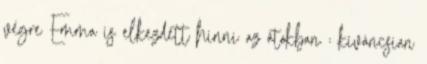
végre Emma is elkezdett hinni az átokban : kíváncsian